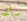
سأتجه